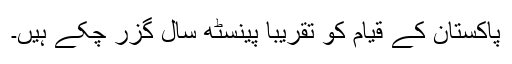
پاکستان کے قیام کو تقریباً پینسٹھ سال گزر چکے ہیں۔